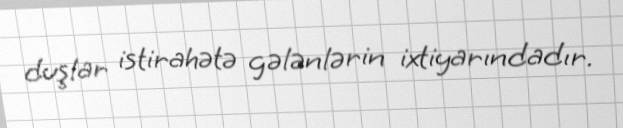
duşlar istirahətə gələnlərin ixtiyarındadır.